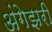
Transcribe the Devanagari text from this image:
अंगेझरी